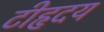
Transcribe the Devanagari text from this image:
टीहृदय